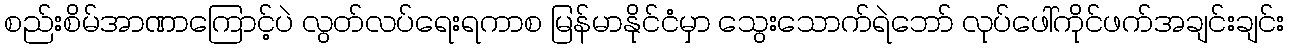
စည်းစိမ်အာဏာကြောင့်ပဲ လွတ်လပ်ရေးရကာစ မြန်မာနိုင်ငံမှာ သွေးသောက်ရဲဘော် လုပ်ဖေါ်ကိုင်ဖက်အချင်းချင်း